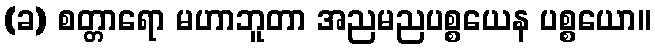
(ခ) စတ္တာရော မဟာဘူတာ အညမညပစ္စယေန ပစ္စယော။